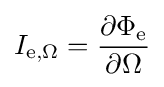
I_{\mathrm {e} ,\Omega }={\frac {\partial \Phi _{\mathrm {e} }}{\partial \Omega }}